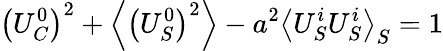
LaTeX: \left(U_{C}^{0}\right)^{2}+\left\langle\left(U_{S}^{0}\right)^{2}\right\rangle-a^{2}\left\langle U_{S}^{i}U_{S}^{i}\right\rangle_{S}=1